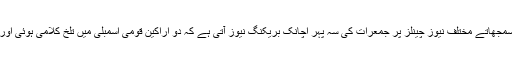
'پھٹیچر' اور 'ریلو کٹا' کے مفہوم سمجھاتے مختلف نیوز چینلز پر جمعرات کی سہ پہر اچانک بریکنگ نیوز آتی ہے کہ دو اراکینِ قومی اسمبلی میں تلخ کلامی ہوئی اور ایک نے دوسرے کو مُکا جڑ دیا۔